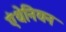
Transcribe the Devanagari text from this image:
एंथेनियन